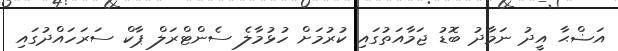
އަޟްޙާ އީދު ނަމާދު ބޮޑު ޖަމާއަތުގައި ކުރުމަށް ހުޅުމާލެ ސެންޓްރަލް ޕާކް ސަރަހައްދުގައި